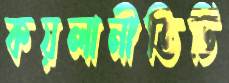
কয়লানীতিটি